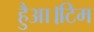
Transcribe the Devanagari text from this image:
हैुआ।टिम